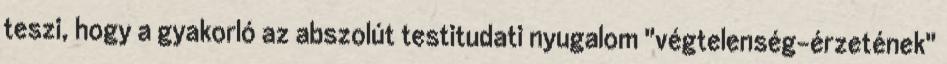
teszi, hogy a gyakorló az abszolút testitudati nyugalom "végtelenség-érzetének"